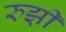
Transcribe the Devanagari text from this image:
रुझ़ी